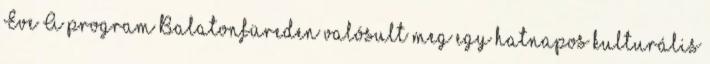
Éve A program Balatonfüreden valósult meg egy hatnapos kulturális